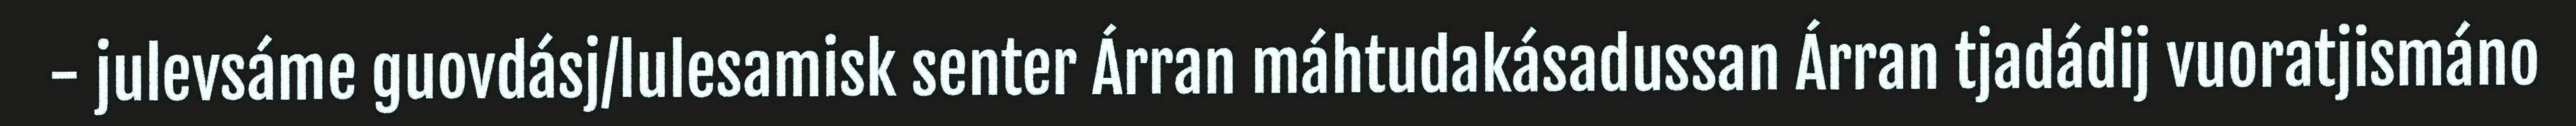
- julevsáme guovdásj/lulesamisk senter Árran máhtudakásadussan Árran tjadádij vuoratjismáno